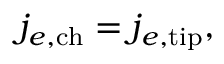
j _ { e , \mathrm { c h } } = j _ { e , \mathrm { t i p } } ,